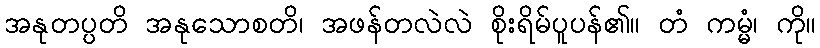
အနုတပ္ပတိ အနုသောစတိ၊ အဖန်တလဲလဲ စိုးရိမ်ပူပန်၏။ တံ ကမ္မံ၊ ကို။